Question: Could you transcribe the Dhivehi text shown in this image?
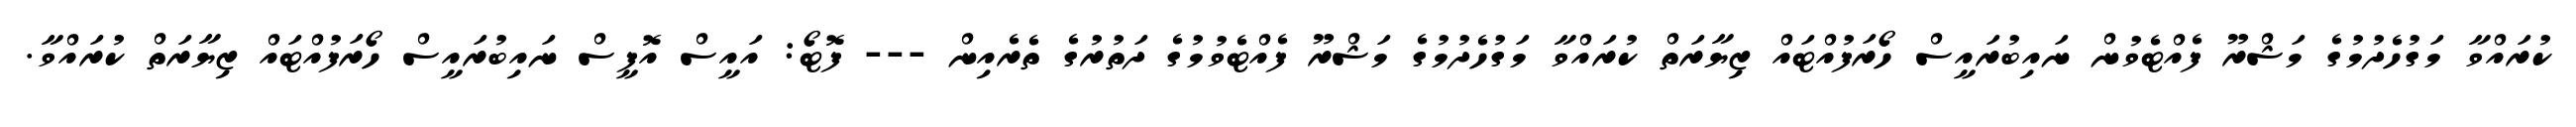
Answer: ކުރައްވާ މަގުހެދުމުގެ މަޝްރޫ ފެއްޓެވުން ނައިބުރައީސް ހޯރަފުއްޓައް ޒިޔާރަތް ކުރައްވާ މަގުހެދުމުގެ މަޝްރޫ ފެއްޓެވުމުގެ ދަތުރުގެ ތެރެއިން --- ފޮޓޯ: އައީސް އޮފީސް ނައިބުރައީސް ހޯރަފުއްޓައް ޒިޔާރަތް ކުރައްވާ.